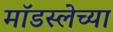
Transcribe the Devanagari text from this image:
मॉडस्लेच्या